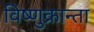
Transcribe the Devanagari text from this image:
विष्णुक्रान्ता